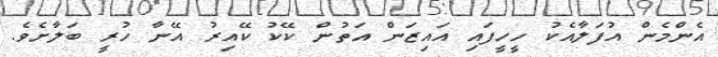
އެންމެން އުފަލާއެކު ހީހީފައި އައިޒަން އަތުން ކޭކު ކޭއިރު އޭނާ ހުރީ ބަލާށެވެ.